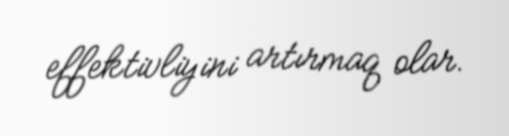
effektivliyini artırmaq olar.